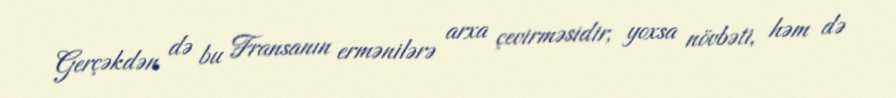
Gerçəkdən də bu Fransanın ermənilərə arxa çevirməsidir, yoxsa növbəti, həm də